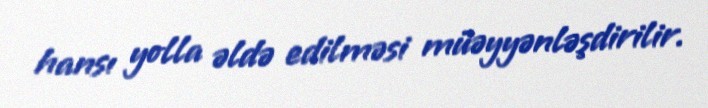
hansı yolla əldə edilməsi müəyyənləşdirilir.